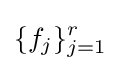
\{f_{j}\}_{j=1}^{r}